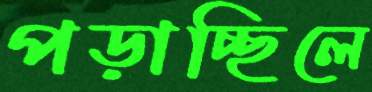
পড়াচ্ছিলে